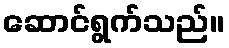
ဆောင်ရွက်သည်။